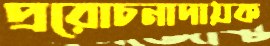
প্ররোচনাদায়ক